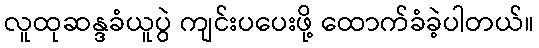
လူထုဆန္ဒခံယူပွဲ ကျင်းပပေးဖို့ ထောက်ခံခဲ့ပါတယ်။